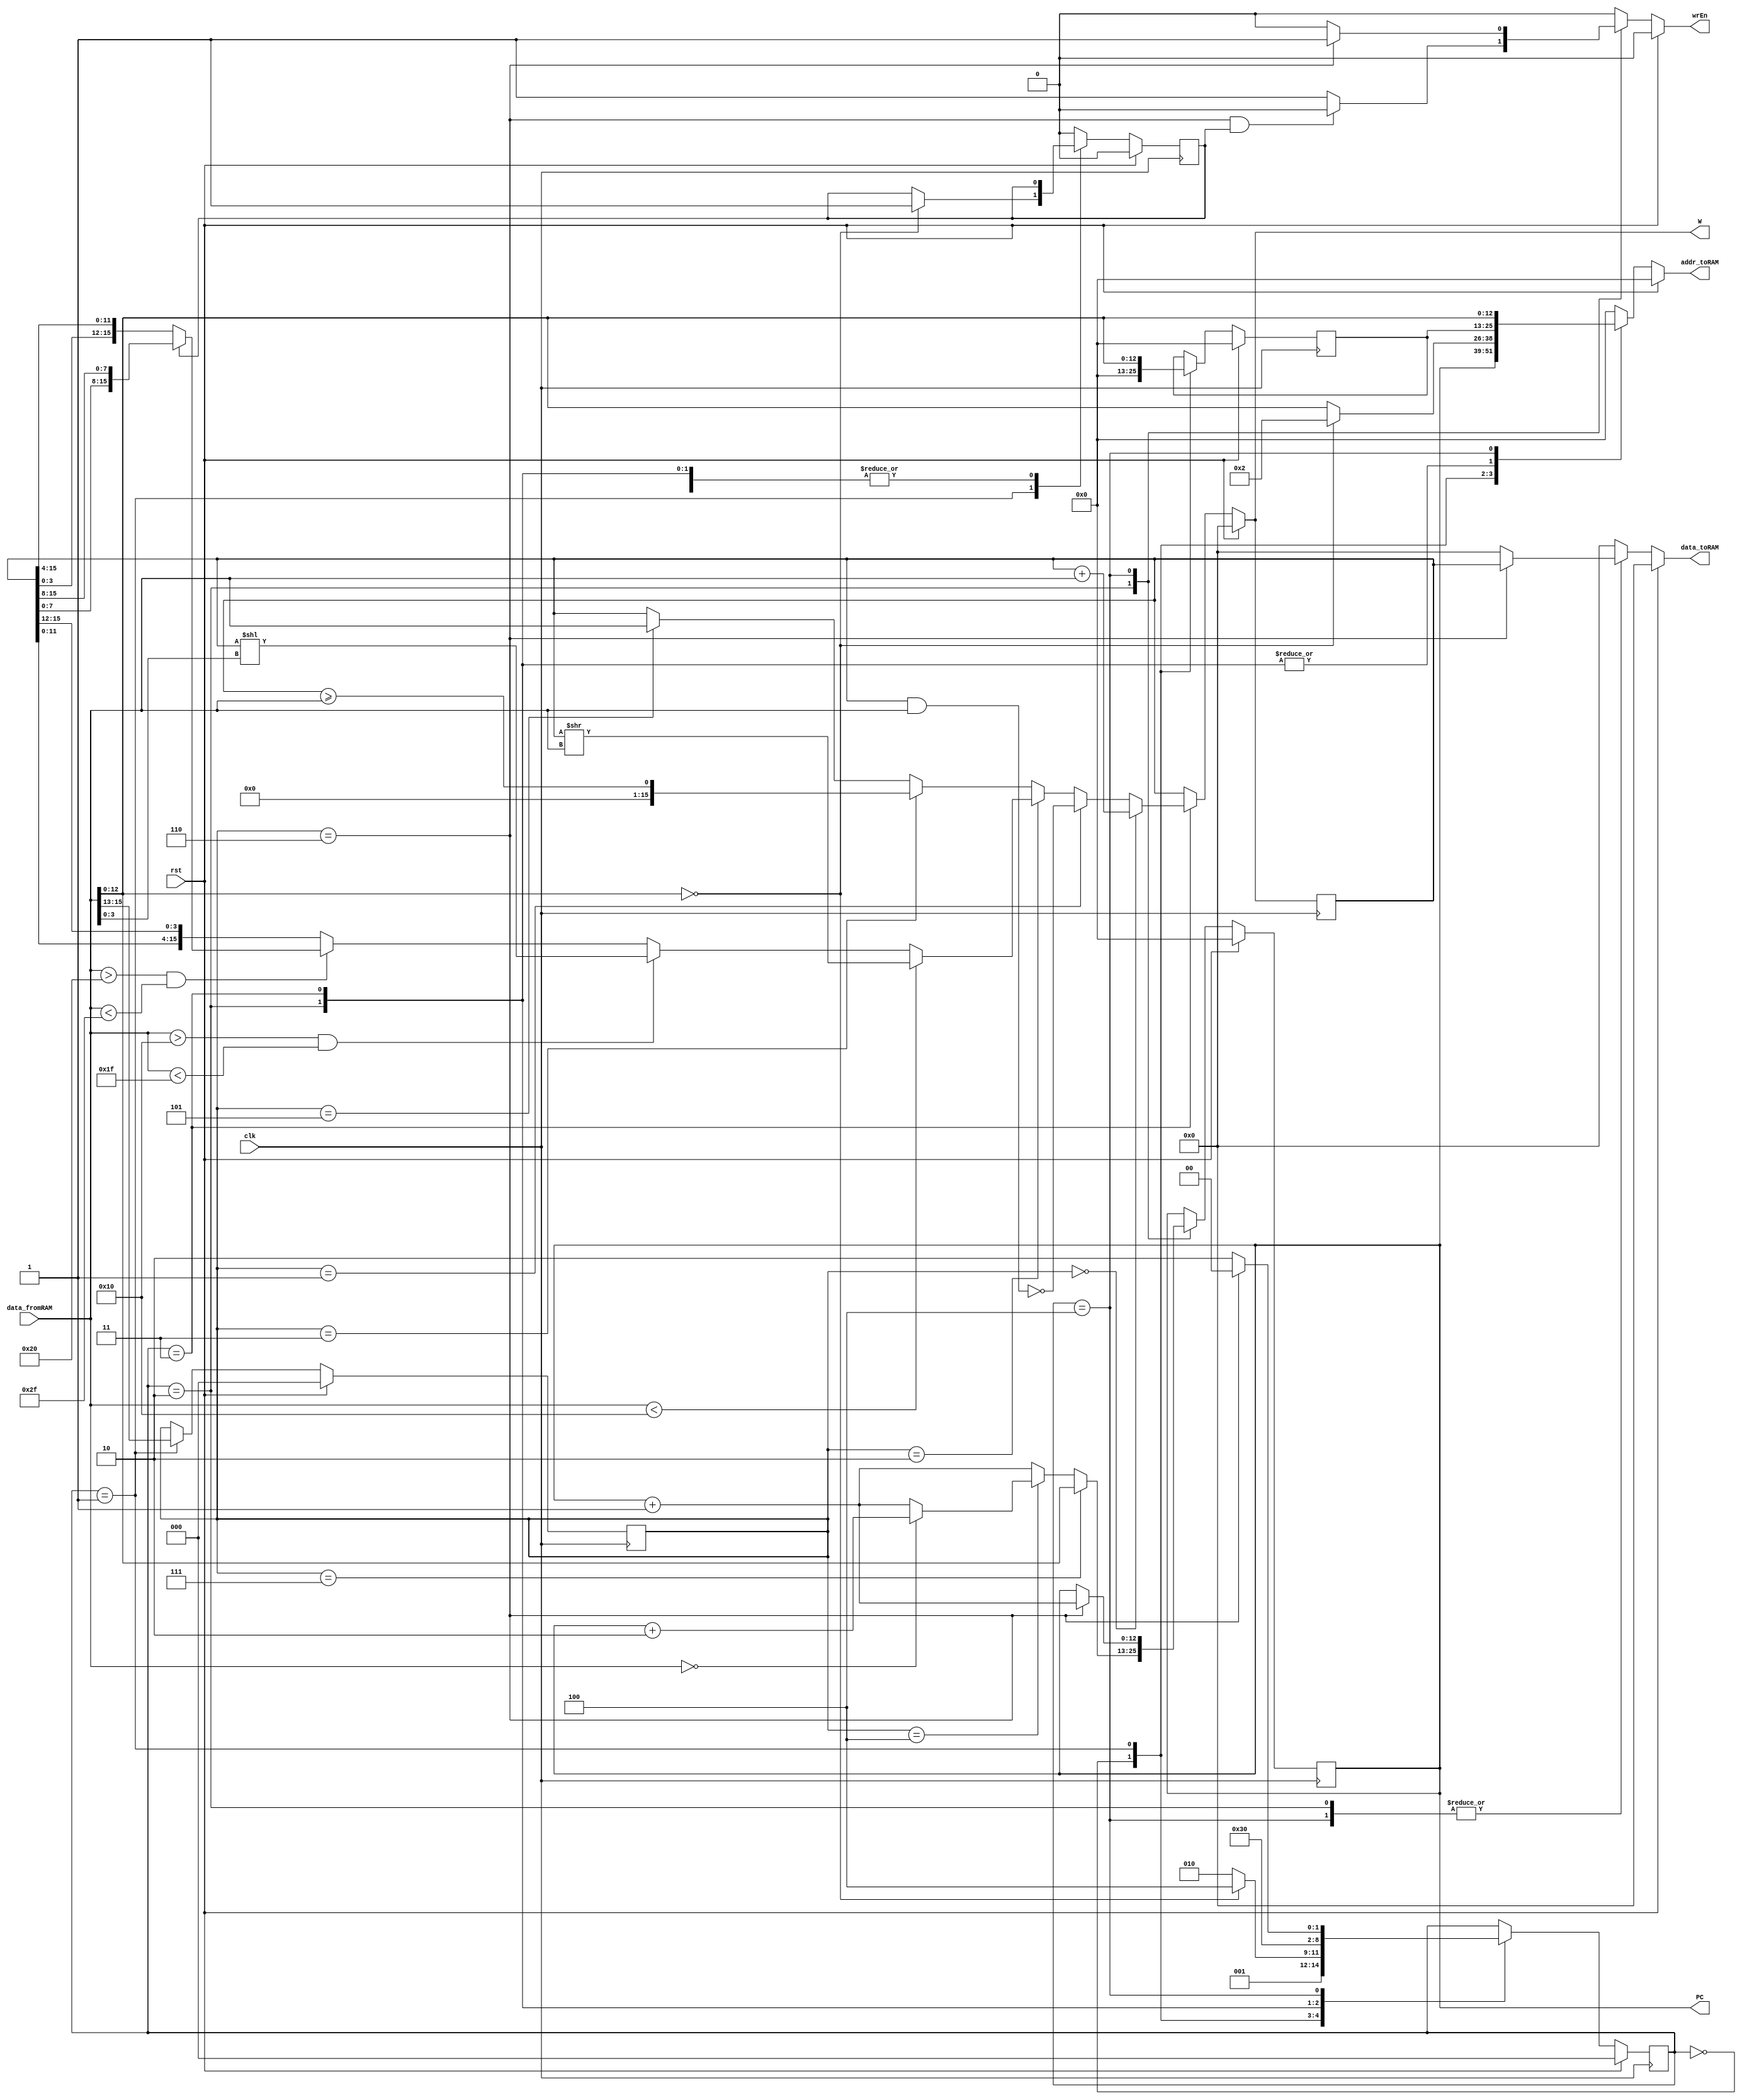
module projectCPU2021(
  clk,
  rst,
  wrEn,
  data_fromRAM,
  addr_toRAM,
  data_toRAM,
  PC,
  W
);

input clk, rst;

input [15:0] data_fromRAM;
output reg [15:0] data_toRAM;
output reg wrEn;

// 12 can be made smaller so that it fits in the FPGA
output reg [12:0] addr_toRAM;
output reg [12:0] PC; // This has been added as an output for TB purposes
output reg [15:0] W; // This has been added as an output for TB purposes

// Your design goes in here

reg [12:0] PCNext;
reg [15:13] opcode, opcodeNext;
reg [12:0] operand1, operand1Next;
reg [15:0] num1, num1Next;
reg [ 2:0] state, stateNext;
reg indirect, indirectNext;
reg [15:0] WPrev;

always @(posedge clk) begin
  state <= #1 stateNext;
  PC <= #1 PCNext;
  opcode <= #1 opcodeNext;
  operand1 <= #1 operand1Next;
  num1 <= #1 num1Next;
  indirect <= #1 indirectNext;
  WPrev <= #1 W;
end

always @* begin
  stateNext = state;
  PCNext = PC;
  opcodeNext = opcode;
  operand1Next = operand1;
  num1Next = num1;
  addr_toRAM = 0;
  wrEn = 0;
  data_toRAM = 0;
  indirectNext = 0;
  W = WPrev;
  if (rst) begin
    stateNext = 0;
    PCNext = 0;
    opcodeNext = 0;
    operand1Next = 0;
    num1Next = 0;
    addr_toRAM = 0;
    wrEn = 0;
	 W = 0;
    data_toRAM = 0;
	 indirectNext = 0;
  end else 
    case (state)
      0: begin         
        PCNext = PC;
        opcodeNext = opcode;
        operand1Next = 0;
        addr_toRAM = PC;
        num1Next = 0;
        wrEn = 0;
        data_toRAM = 0;
		  indirectNext = 0;
        stateNext = 1;
      end
      1: begin          
        PCNext = PC;
        opcodeNext = data_fromRAM[15:13];
        operand1Next = data_fromRAM[12:0];
        addr_toRAM = data_fromRAM[12:0];
        num1Next = 0;
        wrEn = 0;
        data_toRAM = 0;
		  indirectNext = indirect;
		  if(data_fromRAM[12:0] == 0)begin
		    addr_toRAM = 2;
			 indirectNext = 1;
		    stateNext = 4;
		  end
		  else stateNext = 2;
      end
		2: begin         
        if(opcode == 3'b111)begin
		    PCNext = data_fromRAM;
		  end
		  else if(opcode == 3'b100)begin
		    if(data_fromRAM == 0)PCNext = PC + 2;
			 else PCNext = PC + 1;
		  end
		  else PCNext = PC + 1; 
		  opcodeNext = opcode;
        operand1Next = operand1;
        addr_toRAM = operand1;
        num1Next = data_fromRAM;
        if(opcode == 3'b110 && indirect == 1)wrEn = 0;
		  else wrEn = 1;
        data_toRAM = 0;
		  indirectNext = indirect;
        stateNext = 3;
		  
		  if(opcode == 3'b110)begin
			 data_toRAM = W;
		  end
      end
		3: begin         
		  opcodeNext = opcode;
        operand1Next = operand1;
        addr_toRAM = operand1;
        num1Next = num1;
        wrEn = 0;
        data_toRAM = 0;
		  indirectNext = indirect;
        stateNext = 0;
		  
		  if(opcode == 3'b000)W = W + data_fromRAM;
		  else if(opcode == 3'b001)W = ~(W & data_fromRAM); 
		  else if(opcode == 3'b010)begin
		    if(data_fromRAM < 16)begin
			   W = W >> data_fromRAM;
			 end
			 else if(data_fromRAM > 16 && data_fromRAM < 31)begin
				W = W << data_fromRAM[3:0];
			 end
			 else if(data_fromRAM > 32 && data_fromRAM < 47)begin
				if(indirect == 0)W = {W[3:0], W[15:4]};
			   else W = {W[7:0], W[15:8]};
			 end
			 else begin
				W = {W[11:0], W[15:12]};
			 end  
		  end
		  else if(opcode == 3'b011)W = W >= data_fromRAM;
		  else if(opcode == 3'b101)W = data_fromRAM;
      end
		4:begin
		  PCNext = PC;
		  opcodeNext = opcode;
		  operand1Next = operand1;
		  addr_toRAM = data_fromRAM;
		  num1Next = num1;
		  stateNext = 2;
		  indirectNext = indirect;
		  if(opcode == 3'b110)begin
		    wrEn = 1;
			 PCNext = PC + 1;
			 data_toRAM = W;
			 stateNext = 0;
		  end
		  else wrEn = 0;
		  indirectNext = indirect;
		end
	endcase
end
endmodule